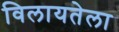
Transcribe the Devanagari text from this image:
विलायतेला